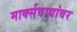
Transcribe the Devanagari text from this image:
मार्क्‍सवाद्यांवर